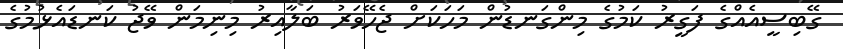
ގޭބިސީއެއްގެ ފަގީރު ކަމުގެ މިންގަނޑުން މަހަކަށް ޖެހޭވަރު ބަލާއިރު މިނިމަން ވޭޖު ކަނޑައެޅުމުގެ